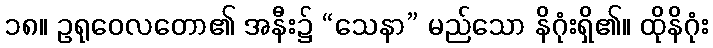
၁၈။ ဥရုဝေလတော၏ အနီး၌ “သေနာ” မည်သော နိဂုံးရှိ၏။ ထိုနိဂုံး